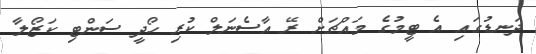
ދަނޑުގައި އެ ޓީމުގެ މައްޗަށް ރޭ އާސެނަލް ކުރި ހޯދީ ސަންޓި ކަޒޯލާ